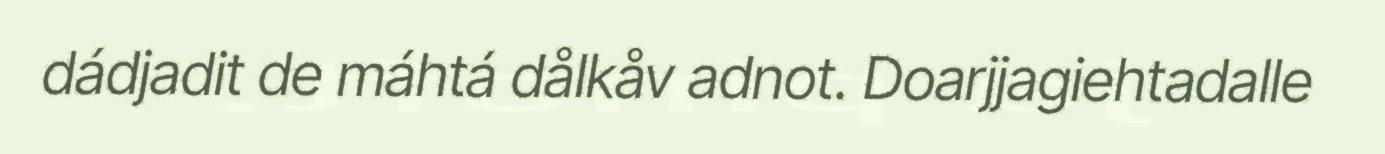
dádjadit de máhtá dålkåv adnot. Doarjjagiehtadalle